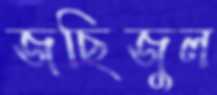
জছিজুল